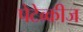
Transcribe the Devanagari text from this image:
पेटेव्कीज